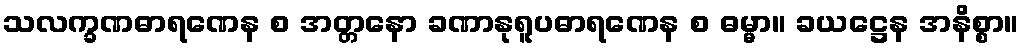
သလက္ခဏဓာရဏေန စ အတ္တနော ခဏာနုရူပဓာရဏေန စ ဓမ္မာ။ ခယဋ္ဌေန အနိစ္စာ။